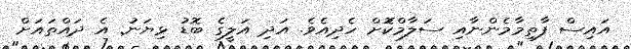
އައިސް ފާތިމާމެންނާއި ސަލާމްކޮަށް ހެދިއެވެ. އަދި އަލީގެ ބޮޑު ޅިޔަނު